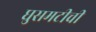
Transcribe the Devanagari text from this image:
घुसमटीची